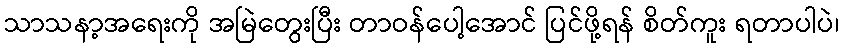
သာသနာ့အရေးကို အမြဲတွေးပြီး တာဝန်ပေါ့အောင် ပြင်ဖို့ရန် စိတ်ကူး ရတာပါပဲ၊